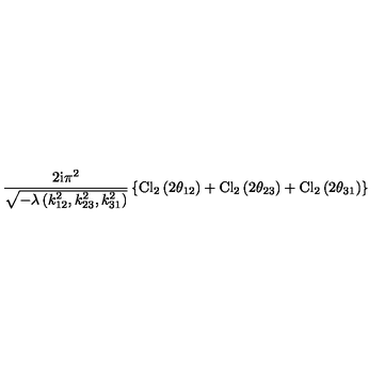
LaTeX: \frac { 2 \mathrm { i } \pi ^ { 2 } } { \sqrt { - \lambda \left( k _ { 1 2 } ^ { 2 } , k _ { 2 3 } ^ { 2 } , k _ { 3 1 } ^ { 2 } \right) } } \left\{ \mathrm { C l } _ { 2 } \left( 2 \theta _ { 1 2 } \right) + \mathrm { C l } _ { 2 } \left( 2 \theta _ { 2 3 } \right) + \mathrm { C l } _ { 2 } \left( 2 \theta _ { 3 1 } \right) \right\}